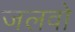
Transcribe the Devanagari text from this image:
जलवो